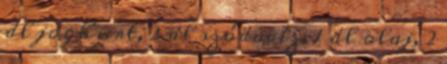
dl joghurt, 2 dl szódavíz, 1 dl olaj, 2